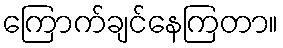
ကြောက်ချင်နေကြတာ။